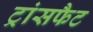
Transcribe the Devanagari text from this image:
ट्रांसफैट